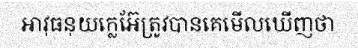
អាវុធនុយក្លេអ៊ែត្រូវបានគេមើលឃើញថា